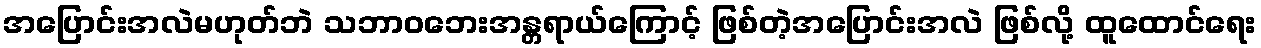
အပြောင်းအလဲမဟုတ်ဘဲ သဘာဝဘေးအန္တရာယ်ကြောင့် ဖြစ်တဲ့အပြောင်းအလဲ ဖြစ်လို့ ထူထောင်ရေး